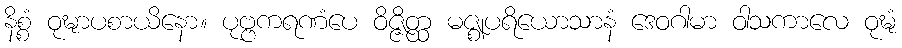
နိစ္စံ ဝုဍ္ဎာပစာယိနော။ ပုဗ္ဗကရဏံပေ ဝိဇ္ဇိတ္ထ မဇ္ဈပရိယောသာနံ ဒေဝဂါမာ ဝါသကာလေ ဝုဍ္ဎံ